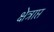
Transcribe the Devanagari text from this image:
क्षेत्राप्त